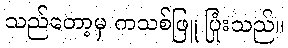
သည်တော့မှ ကသစ်ဖြူ ပြုံးသည်။